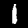
Label: 1